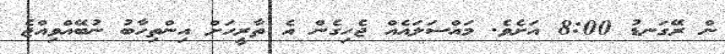
ން ރޭގަނޑު 8:00 އަށެވެ. މައްސަލައެއް ޖެހިގެން އެ ތާރީހަށް އިންތިހާބު ނުބޭއްވިއްޖެ